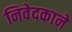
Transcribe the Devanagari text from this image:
निवेदकाने